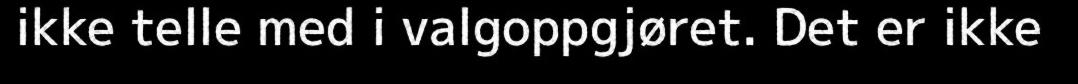
ikke telle med i valgoppgjøret. Det er ikke